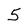
Character: 5